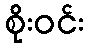
စိုးဝင်း